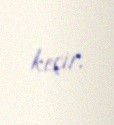
keçir.